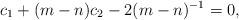
LaTeX: \begin{align*}c_1+(m-n)c_2- 2(m-n)^{-1}=0,\end{align*}